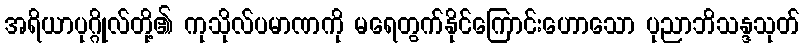
အရိယာပုဂ္ဂိုလ်တို့၏ ကုသိုလ်ပမာဏကို မရေတွက်နိုင်ကြောင်းဟောသော ပုညာဘိသန္ဒသုတ်